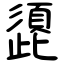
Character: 頾